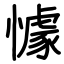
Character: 懅